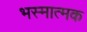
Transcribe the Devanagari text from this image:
भस्मात्मक